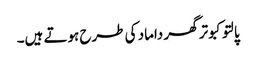
پالتو کبوتر گھر داماد کی طرح ہوتے ہیں۔